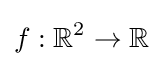
f:\mathbb {R} ^{2}\to \mathbb {R}